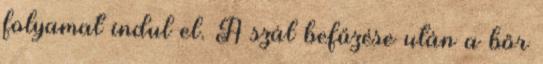
folyamat indul el. A szál befűzése után a bőr